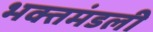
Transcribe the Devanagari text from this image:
भक्तमंडली